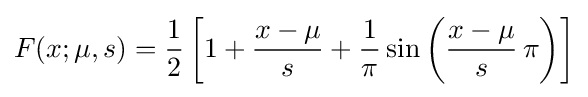
F(x;\mu ,s)={\frac {1}{2}}\left[1+{\frac {x-\mu }{s}}+{\frac {1}{\pi }}\sin \left({\frac {x-\mu }{s}}\,\pi \right)\right]